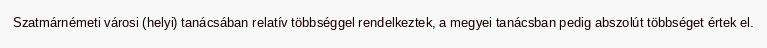
Szatmárnémeti városi (helyi) tanácsában relatív többséggel rendelkeztek, a megyei tanácsban pedig abszolút többséget értek el.